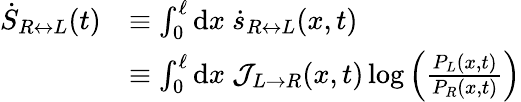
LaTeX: \begin{array}{rl}{\dot{S}_{R\leftrightarrow L}(t)}&{\equiv\int_{0}^{\ell}\mathrm{d}x~\dot{s}_{R\leftrightarrow L}(x,t)}\\ &{\equiv\int_{0}^{\ell}\mathrm{d}x~\mathcal{J}_{L\rightarrow R}(x,t)\log\left(\frac{P_{L}(x,t)}{P_{R}(x,t)}\right)}\end{array}